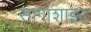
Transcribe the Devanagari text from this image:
सागाशाइट